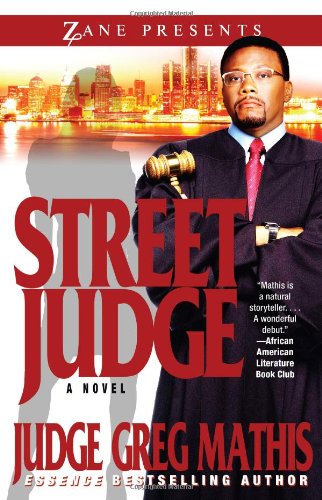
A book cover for Street Judge (Zane Presents); Greg Mathis; Mystery, Thriller & Suspense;